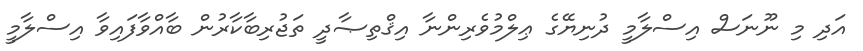
އަދި މި ނޫނަސް އިސްލާމީ ދުނިޔޭގެ ޢިލްމުވެރިންނާ އިޤްތިޞާދީ ތަޖުރިބާކާރުން ބާއްވާފައިވާ އިސްލާމީ